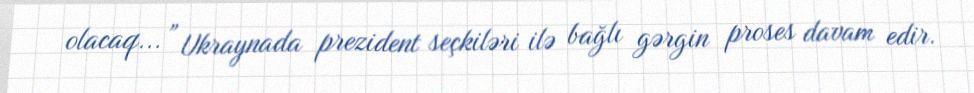
olacaq...” Ukraynada prezident seçkiləri ilə bağlı gərgin proses davam edir.